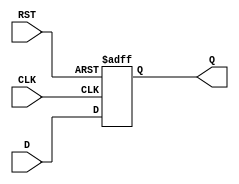
module StoreRegister #(parameter WIDTH = 8) (
    input  wire [WIDTH-1:0] D,     // Data input
    input  wire CLK,                // Clock signal
    input  wire RST,                // Reset signal
    output reg  [WIDTH-1:0] Q       // Data output
);

// Asynchronous Reset and rising edge clock behavior
always @(posedge CLK or posedge RST) begin
    if (RST) begin
        Q <= {WIDTH{1'b0}};          // Clear register to default value (0)
    end else begin
        Q <= D;                     // Latch data on the rising edge of the clock
    end
end

endmodule